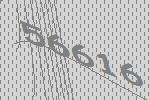
56616